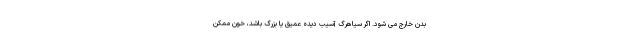
بدن خارج می شود. اگر سیاهرگ آسیب دیده عمیق یا بزرگ باشد، خون ممکن